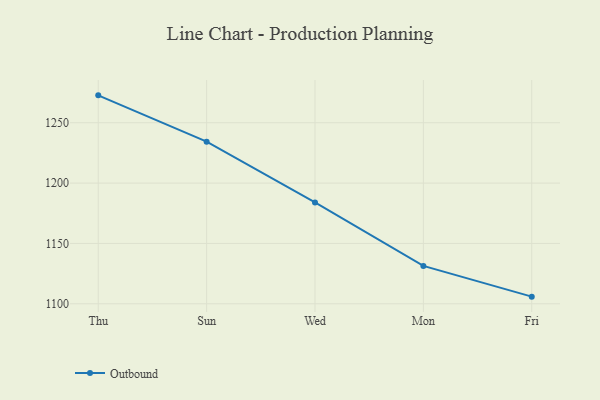
{"axis": {"x": "Day", "y": "Shipments"}, "legend": ["Outbound"], "data": [{"x": "Thu", "y": 1272.7, "type": "Outbound"}, {"x": "Sun", "y": 1234.3, "type": "Outbound"}, {"x": "Wed", "y": 1184.0, "type": "Outbound"}, {"x": "Mon", "y": 1131.4, "type": "Outbound"}, {"x": "Fri", "y": 1105.9, "type": "Outbound"}]}